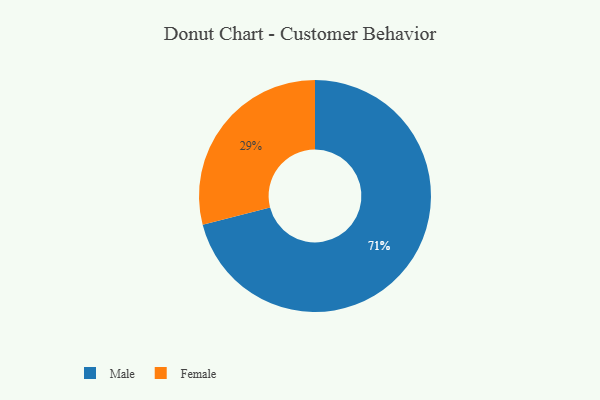
{"axis": {"x": "Category", "y": "Percentage"}, "legend": ["Female", "Male"], "data": [{"x": "Male", "y": 71, "type": "Male"}, {"x": "Female", "y": 29, "type": "Female"}]}